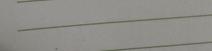
Signature authenticity: forged